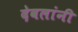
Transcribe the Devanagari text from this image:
देवलांनी